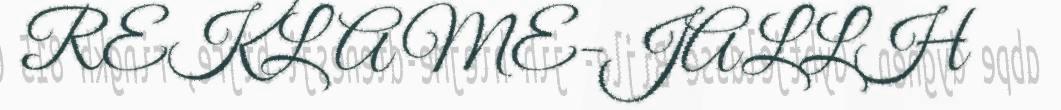
REKLAME-JALLH